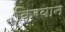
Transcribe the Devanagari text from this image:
किरवान